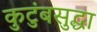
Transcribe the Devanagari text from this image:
कुटुंबसुद्धा